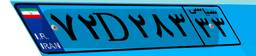
۷۲D۲۸۳۳۳